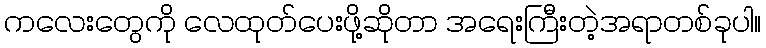
ကလေးတွေကို လေထုတ်ပေးဖို့ဆိုတာ အရေးကြီးတဲ့အရာတစ်ခုပါ။